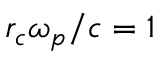
r _ { c } \omega _ { p } / c = 1